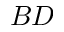
B D